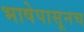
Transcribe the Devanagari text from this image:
भाषेपासूनच